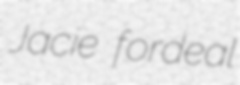
Jacie fordeal